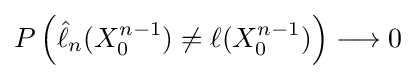
P\left({\hat {\ell }}_{n}(X_{0}^{n-1})\neq \ell (X_{0}^{n-1})\right)\longrightarrow 0